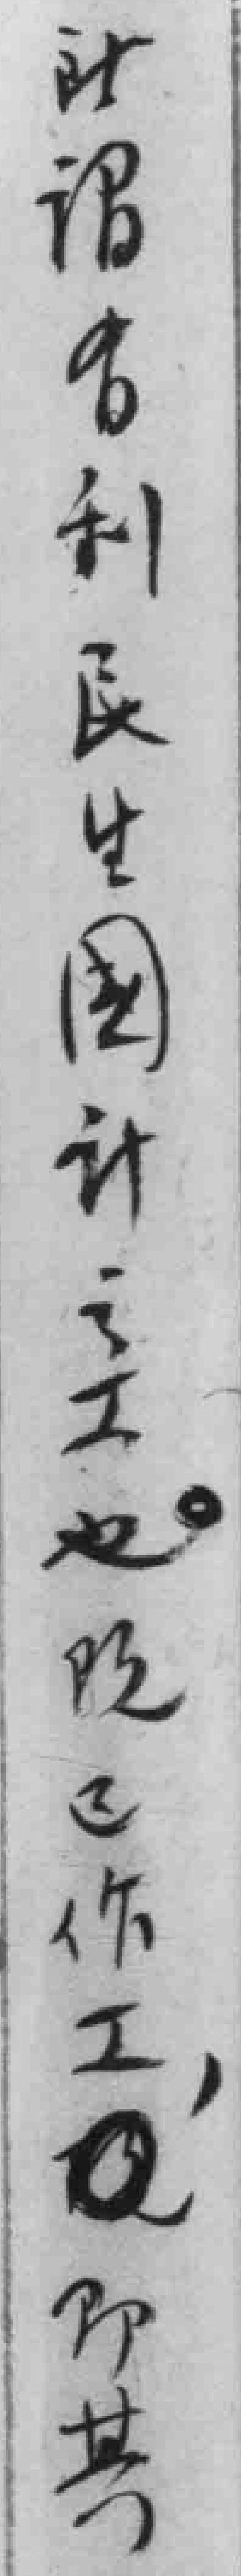
此谓有利民生國计之工也。*不作工，*即其